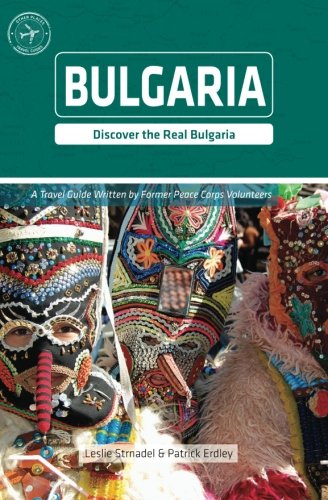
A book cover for Bulgaria (Other Places Travel Guide); Leslie Strnadel; Travel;